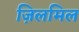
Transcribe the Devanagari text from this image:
ज़िलमिल